Report on sanitation, dispensaries, and jails in Rajputana for 1916, and on vaccination for the year 1916-1917 - 1916-1917
Year: 1916
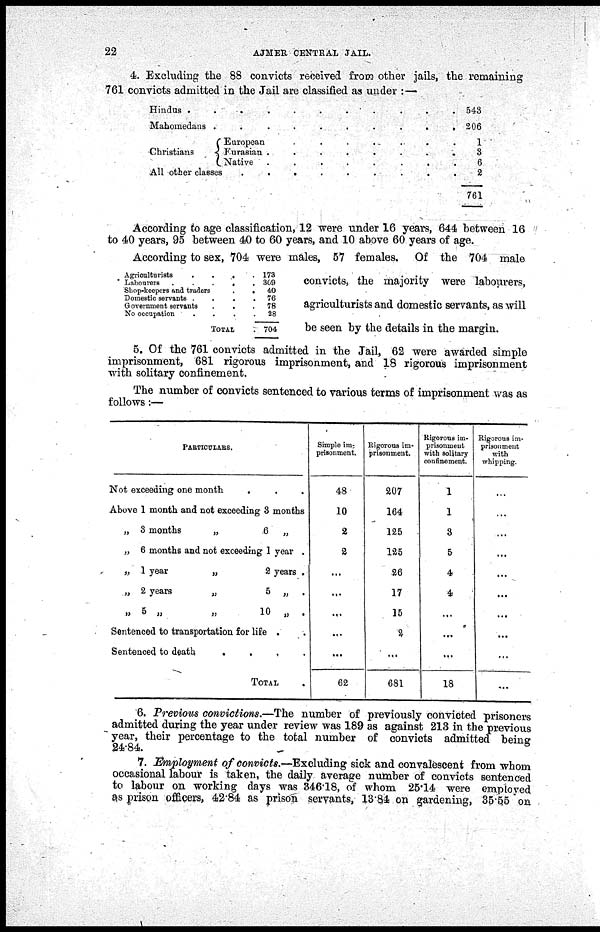
22
AJMER CENTRAL JAIL.
4. Excluding the 88 convicts received from other jails, the remaining
761 convicts admitted in the Jail are classified as under :—
Hindus . . . . . . . . . .
Mahomedans . . . . . . . . . .
Christians
European . . . . . . . . . .
Russian . . . . . . . . . .
Native . . . . . . . . .
All other classes. . . . . . . . . .
543
206
1
3
6
2
761
According to age classification, 12 were under 16 years, 644 between 16
to 40 years, 95 between 40 to 60 years, and 10 above 60 years of age.
Agriculturists
.
.
.
.
Labourers
.
.
.
.
Shop-keepers and traders . .
Domestic servants
.
.
.
.
Government servants . . . .
No occupation
.
.
.
.
TOTAL .
173
369
40
76
78
28
704
According to sex, 704 were males, 57 females. Of the 704 male
convicts, the majority were labourers,
agriculturists and domestic servants, as will
be seen by the details in the margin.
5. Of the 761 convicts admitted in the Jail, 62 were awarded simple
imprisonment, 681 rigorous imprisonment, and 18 rigorous imprisonment
with solitary confinement.
The number of convicts sentenced to various terms of imprisonment was as
follows:—
PARTICULARS.
Not exceeding one month
. . .
Above 1 month and not exceeding 3 months
„ 3 months
„
6
„
„ 6 months and not exceeding 1 year .
„ 1 year
„
2 years .
„ 2 years
„
5 „
.
„
5
„
„
10
„
.
Sentenced to transportation for life . .
Sentenced to death
. . . .
TOTAL .
Simple im¬
prisonment.
48
10
2
2
...
...
...
...
...
62
Rigorous im-
prisonment.
207
164
125
125
26
17
15
2
...
681
Rigorous im¬
prisonment
with solitary
confinement.
1
1
3
5
4
4
...
...
...
18
Rigorous im-
prisonment
with
whipping.
...
...
...
...
...
...
...
...
...
...
6. Previous convictions.—The number of previously convicted prisoners
admitted during the year under review was 189 as against 213 in the previous
year, their percentage to the total number of convicts admitted being
24.84.
7. Employment of convicts.—Excluding sick and convalescent from whom
occasional labour is taken, the daily average number of convicts sentenced
to labour on working days was 346.18, of whom 25.14 were employed
as prison officers, 42.84 as prison servants, 13.84 on gardening, 35.55 on